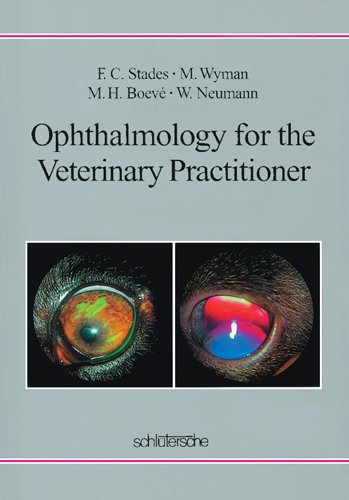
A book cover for Ophthalmology for the Veterinary Practitioner; Frans C. Stades; Medical Books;